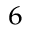
^ 6